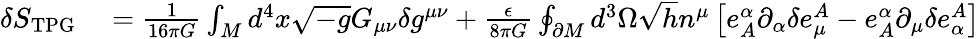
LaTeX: \begin{array}{rl}{\delta S_{\mathrm{TPG}}}&{{}=\frac{1}{16\pi G}\int_{M}d^{4}x\sqrt{-g}G_{\mu\nu}\delta g^{\mu\nu}+\frac{\epsilon}{8\pi G}\oint_{\partial M}d^{3}\Omega\sqrt{h}n^{\mu}\left[e_{A}^{\alpha}\partial_{\alpha}\delta e_{\mu}^{A}-e_{A}^{\alpha}\partial_{\mu}\delta e_{\alpha}^{A}\right]}\end{array}